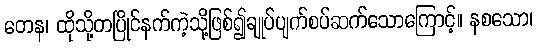
တေန၊ ထိုသို့တပြိုင်နက်ကဲ့သို့ဖြစ်၍ချုပ်ပျက်စပ်ဆက်သောကြောင့်။ နစသော၊